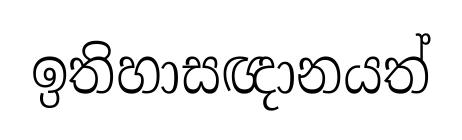
ඉතිහාසඥානයත්